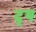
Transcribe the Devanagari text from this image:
दृष